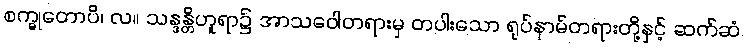
စက္ခုတောပိ၊ လ။ သန္ဒန္တိဟူရာ၌ အာသဝေါတရားမှ တပါးသော ရုပ်နာမ်တရားတို့နှင့် ဆက်ဆံ